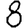
Digit: 8